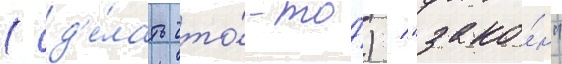
(сд'е́лать что́-то́) / "зако́н"